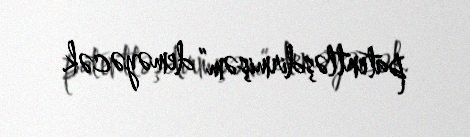
patentləşdirmişəm” deməyəcək.